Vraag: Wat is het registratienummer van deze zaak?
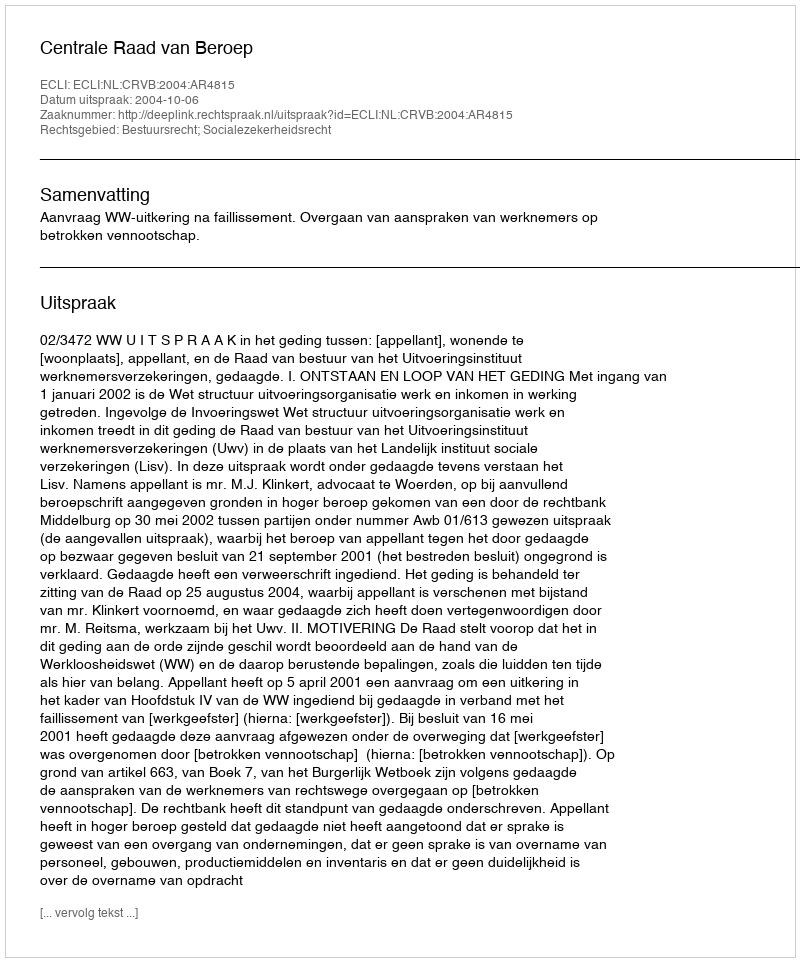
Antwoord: http://deeplink.rechtspraak.nl/uitspraak?id=ECLI:NL:CRVB:2004:AR4815